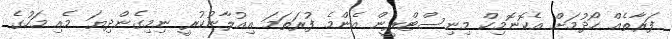
ފަރާތެއް ހޯދުމަށް އެކޮނޮމިކް މިނިސްޓްރީން އެންމެ ފުރަތަމަ އިއުލާނުކުރީ ނިމިގެންދިޔަ މެއި މަހުގެ